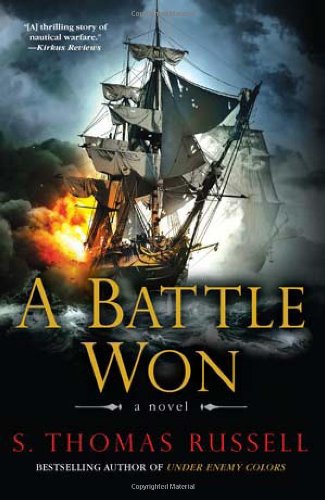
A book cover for A Battle Won; S. Thomas Russell; Literature & Fiction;